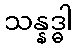
သန္နဒ္ဓါ